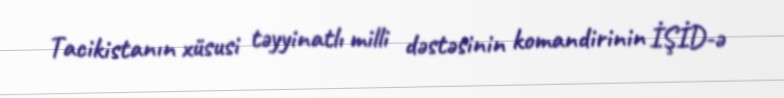
Tacikistanın xüsusi təyyinatlı milli dəstəsinin komandirinin İŞİD-ə